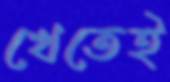
খেতেই